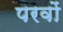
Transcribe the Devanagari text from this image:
परवों